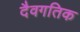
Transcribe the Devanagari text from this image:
दैवगतिक